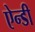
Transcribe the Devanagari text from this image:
ऐन्डी